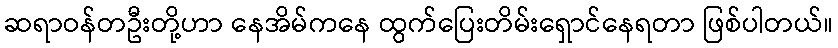
ဆရာဝန်တဦးတို့ဟာ နေအိမ်ကနေ ထွက်ပြေးတိမ်းရှောင်နေရတာ ဖြစ်ပါတယ်။